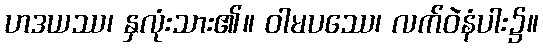
ဟဒယဿ၊ နှလုံးသား၏။ ဝါမပဿေ၊ လက်ဝဲနံပါး၌။